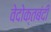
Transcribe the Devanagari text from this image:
वेदोक्तबंदी